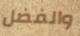
والفضل